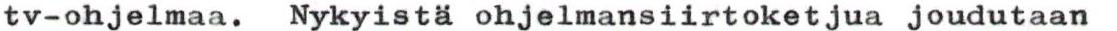
tv-ohjelmaa. Nykyistä ohjelmansiirtoketjua joudutaan